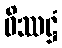
ဝိဿဋ္ဌံ